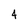
Character: 4